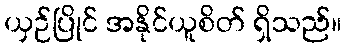
ယှဉ်ပြိုင် အနိုင်ယူစိတ် ရှိသည်။